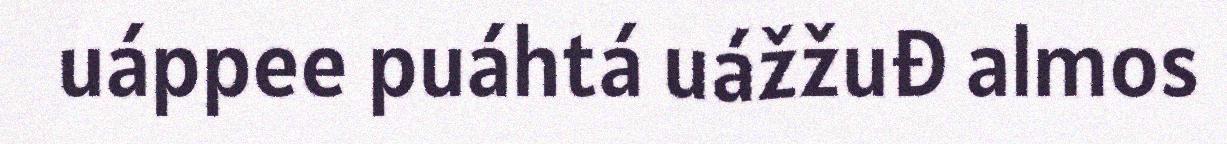
uáppee puáhtá uážžuđ almos